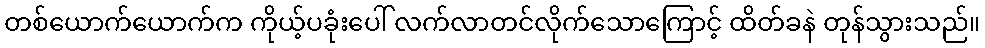
တစ်ယောက်ယောက်က ကိုယ့်ပခုံးပေါ် လက်လာတင်လိုက်သောကြောင့် ထိတ်ခနဲ တုန်သွားသည်။